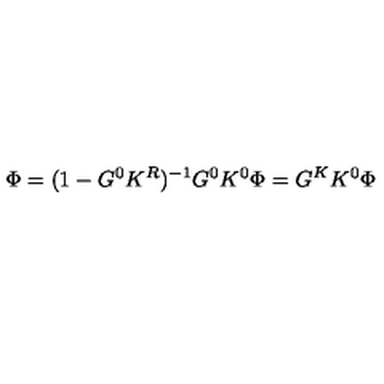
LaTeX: \Phi = ( 1 - G ^ { 0 } K ^ { R } ) ^ { - 1 } G ^ { 0 } K ^ { 0 } \Phi = G ^ { K } K ^ { 0 } \Phi